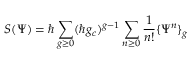
S ( \Psi ) = \hbar \sum _ { g \geq 0 } ( \hbar g _ { c } ) ^ { g - 1 } \sum _ { n \geq 0 } { \frac { 1 } { n ! } } \{ \Psi ^ { n } \} _ { g }